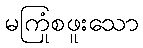
မကြုံစဖူးသော